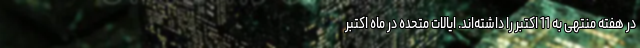
در هفته منتهی به 11 اکتبر را داشته‌اند. ایالات متحده در ماه اکتبر